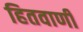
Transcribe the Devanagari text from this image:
हितवाणी